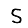
Digit: 5